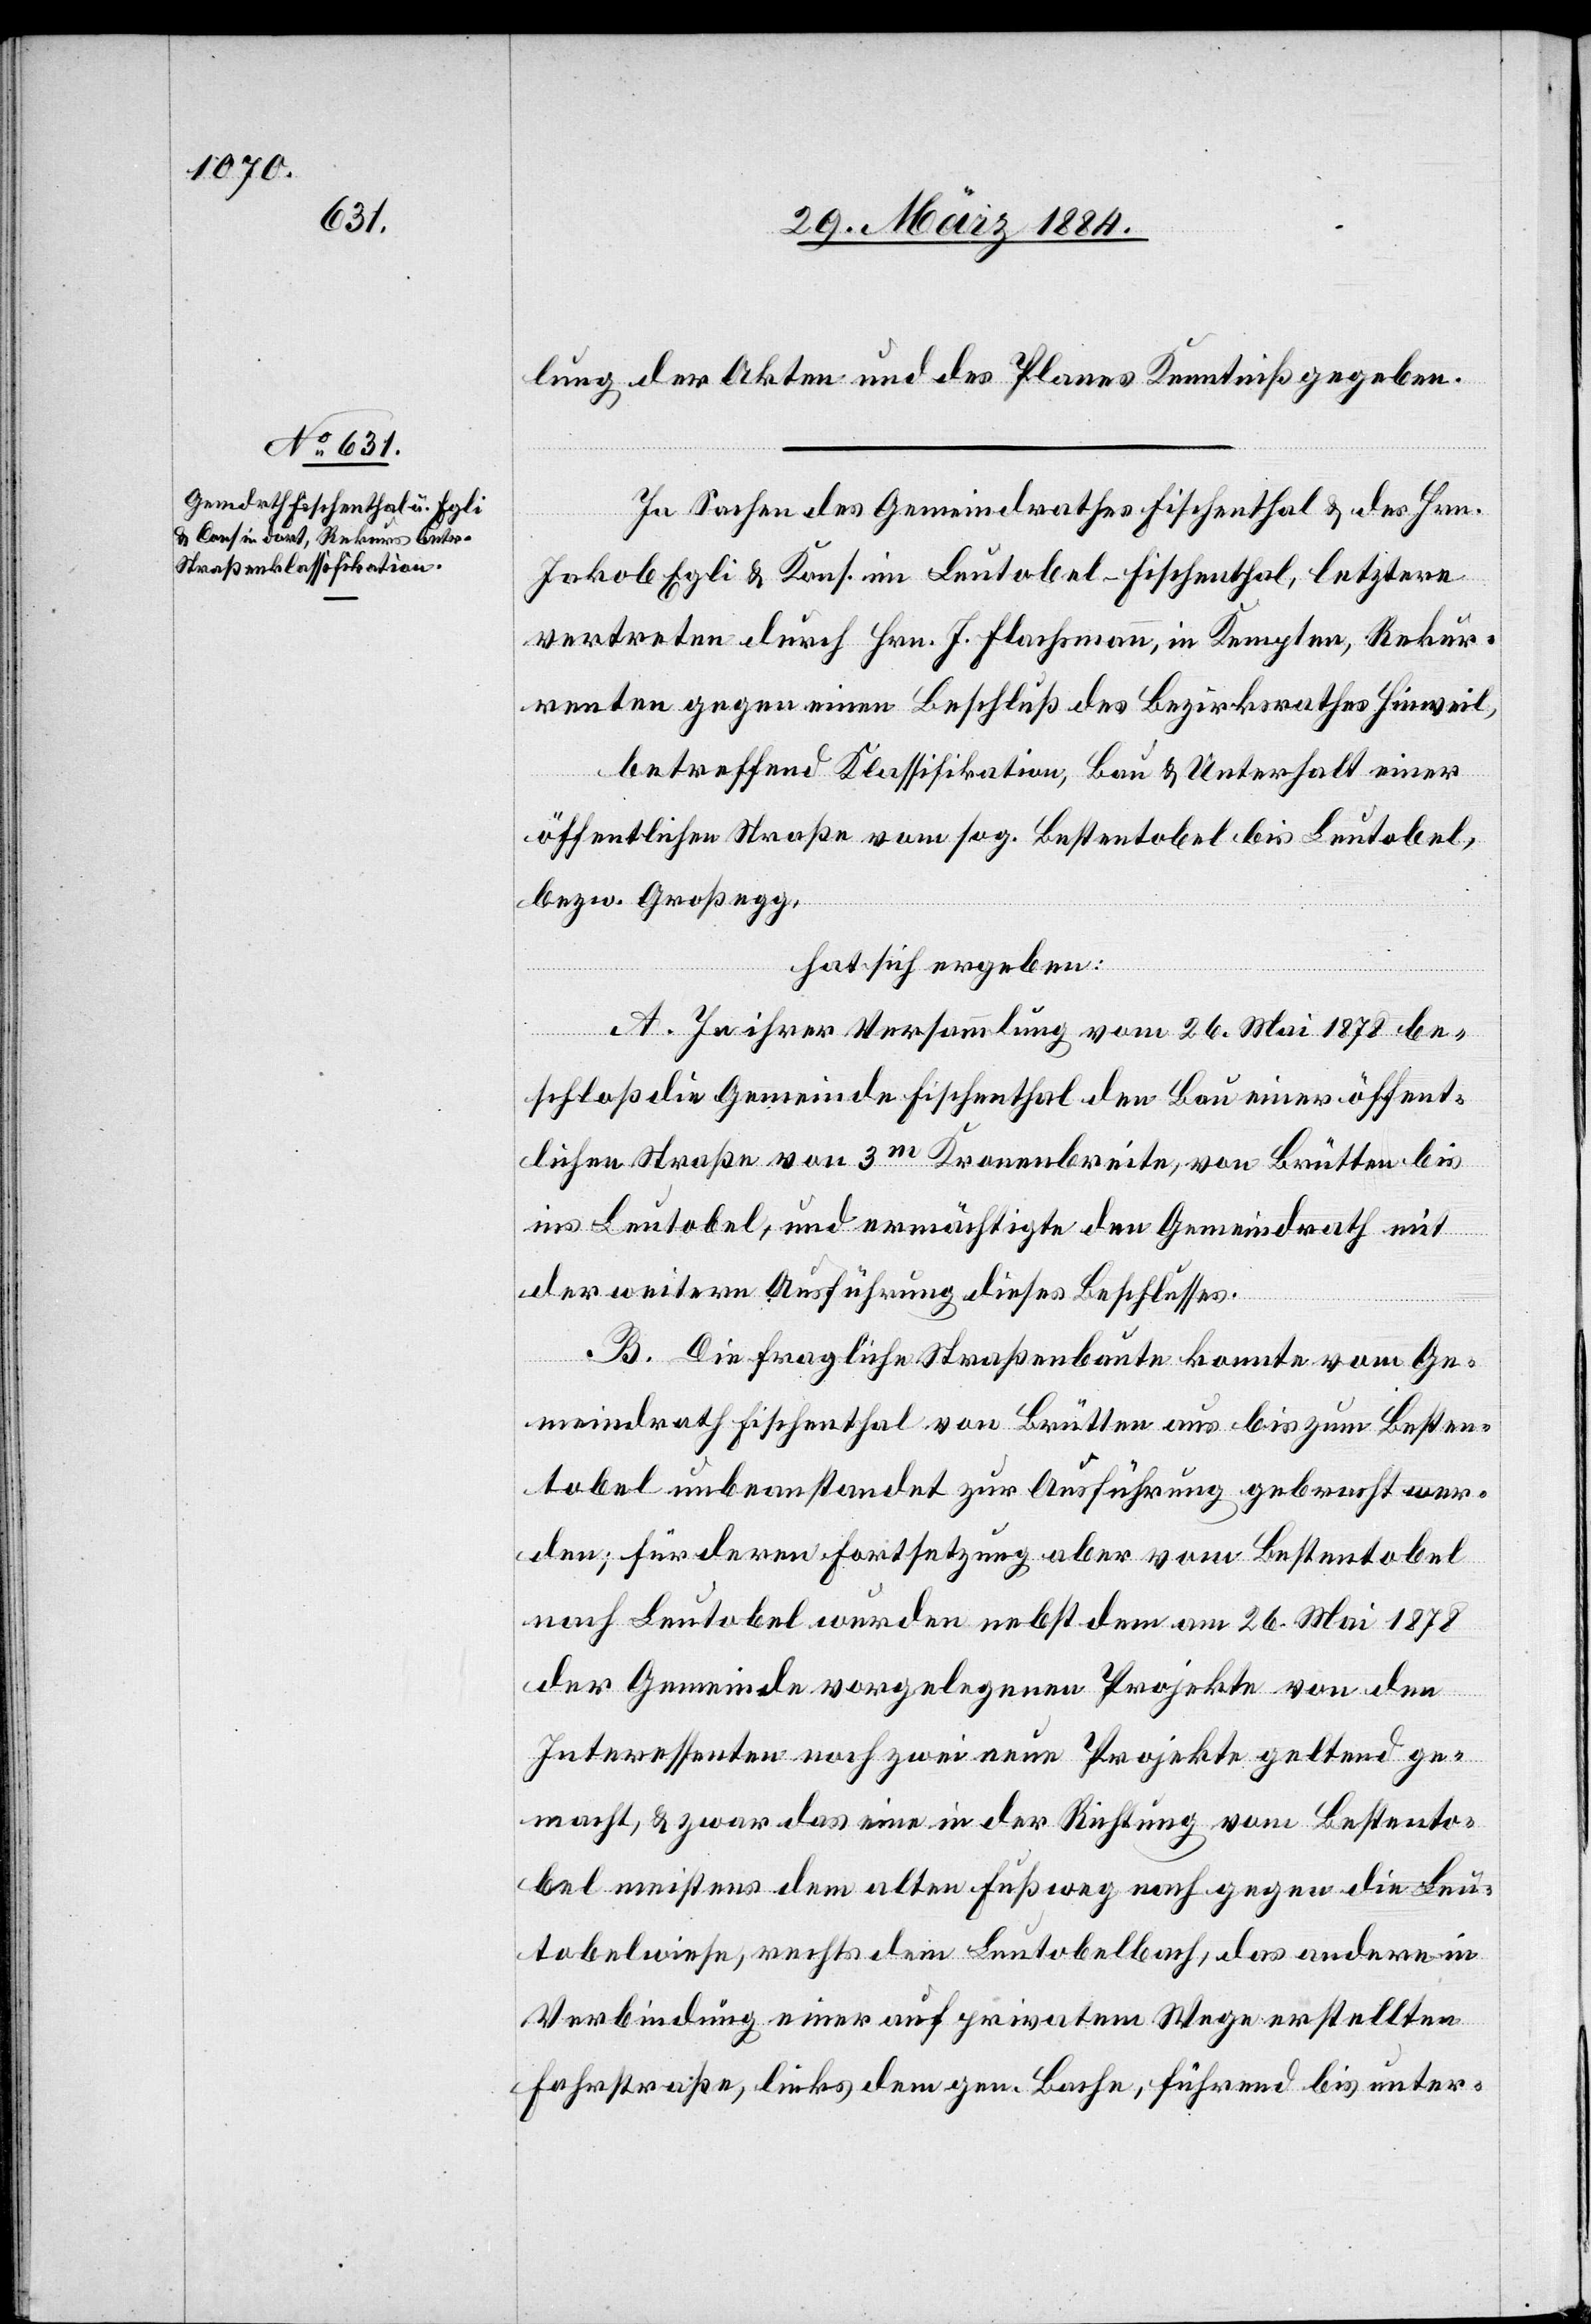
lung der Akten und des Planes Kenntniß gegeben.
In Sachen des Gemeindrathes Fischenthal & des. Hrn.
Jakob Egli & Kons. im Leutobel - Fischenthal, letztere
vertreten durch Hrn. J. Flachsmann, in Kempten, Rekur¬
renten gegen einen Beschluß des Bezirksrathes Hinweil,
betreffend Klassifikation, Bau & Unterhalt einer
öffentlichen Straße vom sog. Bestentobel bis Leutobel,
bzw. Großegg,
hat sich ergeben:
A. In Ihrer Versammlung vom 26. Mai 1878 be¬
schloß die Gemeinde Fischenthal den Bau einer öffent¬
lichen Straße von 3m Kronenbreite, von Brütten bis
ins Leutobel, und ermächtigte den Gemeindrath mit
der weitern Ausführung dieses Beschlusses.
B. Die fragliche Straßenbaute konnte vom Ge¬
meindrath Fischenthal von Brütten aus bis zum Besten¬
tobel unbeanstandet zur Ausführung gebracht wer¬
den; für deren Fortsetzung aber vom Bestentobel
nach Leutobel wurden nebst dem am 26. Mai 1878
der Gemeinde vorgelegten Projekte von dem
Interessenten noch zwei neue Projekte geltend ge¬
macht, & zwar das eine in der Richtung vom Bestento¬
bel meistens dem alten Fußweg nach gegen die Leu¬
tobelwiese, rechts dem Leutobelbach, das andere in
Verbindung einer auf privatem Wege erstellten
Fahrstraße, links dem gen. Bache, führend bis unter-